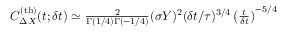
\begin{array} { r } { C _ { \Delta X } ^ { \mathrm { ( t h ) } } ( t ; \delta t ) \simeq \frac { 2 } { \Gamma ( 1 / 4 ) \Gamma ( - 1 / 4 ) } ( \sigma Y ) ^ { 2 } ( \delta t / \tau ) ^ { 3 / 4 } \left( \frac { t } { \delta t } \right) ^ { - 5 / 4 } } \end{array}